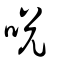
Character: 哾